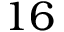
1 6